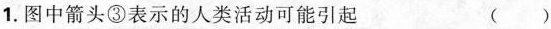
1.图中箭头\textcircled {3}表示的人类活动可能引起 ( )